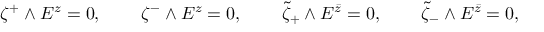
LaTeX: \begin{array} { l l l l } { { \zeta ^ { + } \wedge E ^ { z } = 0 , \, \, } } & { { \quad \zeta ^ { - } \wedge E ^ { z } = 0 , \, \, } } & { { \quad \tilde { \zeta } _ { + } \wedge E ^ { \bar { z } } = 0 , \, \, } } & { { \quad \tilde { \zeta } _ { - } \wedge E ^ { \bar { z } } = 0 , } } \end{array}